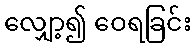
လျှော့၍ ဝေရခြင်း